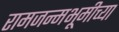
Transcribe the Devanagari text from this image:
रामजन्मभूमीच्या